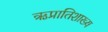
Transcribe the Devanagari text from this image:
ऋप्रातिशाख्य